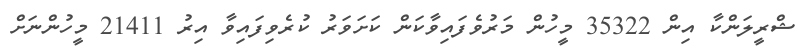
ޝްރީލަންކާ އިން 35322 މީހުން މަރުވެފައިވާކަން ކަށަވަރު ކުރެވިފައިވާ އިރު 21411 މީހުންނަށް